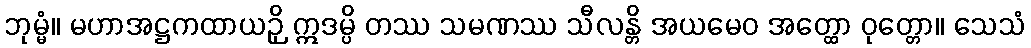
ဘုမ္မံ။ မဟာအဋ္ဌကထာယဉှိ ဣဒမ္ပိ တဿ သမဏဿ သီလန္တိ အယမေဝ အတ္ထော ဝုတ္တော။ သေသံ